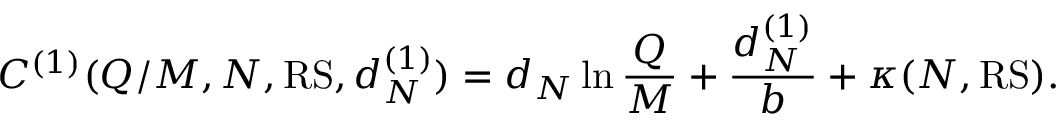
C ^ { ( 1 ) } ( Q / M , N , \mathrm { R S } , d _ { N } ^ { ( 1 ) } ) = d _ { N } \ln \frac { Q } { M } + \frac { d _ { N } ^ { ( 1 ) } } { b } + \kappa ( N , { \mathrm { R S } } ) .